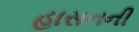
હાસનની